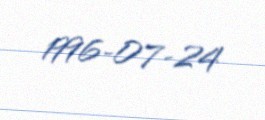
1996-07-24